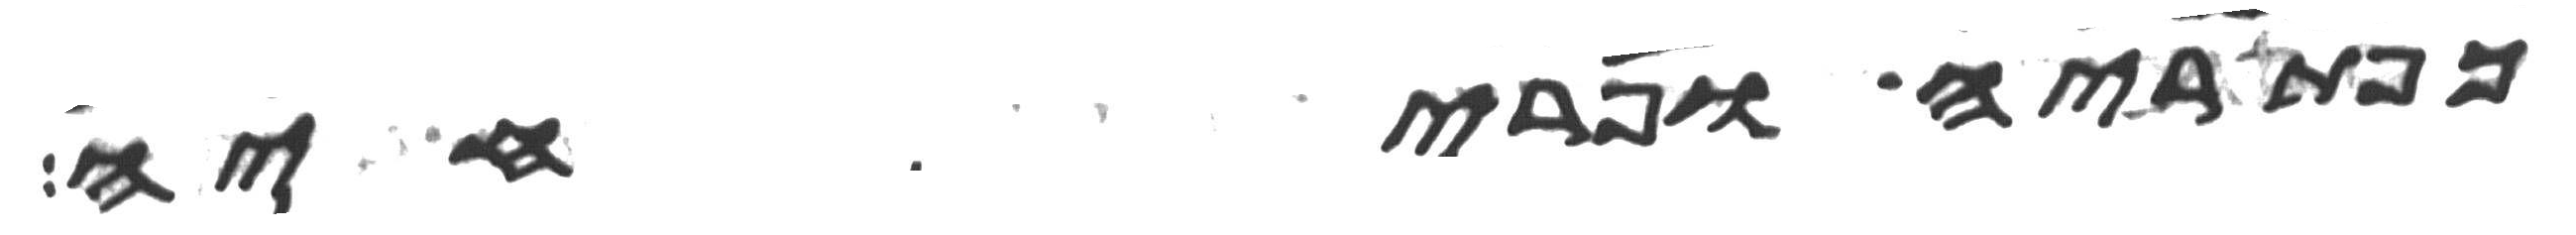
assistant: כפתריה ופרחיה